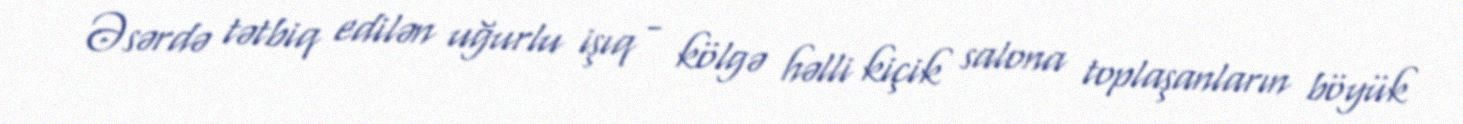
Əsərdə tətbiq edilən uğurlu işıq - kölgə həlli kiçik salona toplaşanların böyük